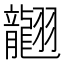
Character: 𦒮